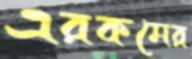
এরকমের